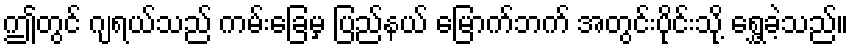
ဤတွင် ဂျရယ်သည် ကမ်းခြေမှ ပြည်နယ် မြောက်ဘက် အတွင်းပိုင်းသို့ ရွှေ့ခဲ့သည်။